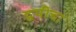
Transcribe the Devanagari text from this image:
द्वयीचा